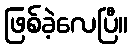
ဖြစ်ခဲ့လေပြီ။